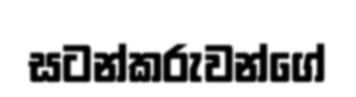
සටන්කරුවන්ගේ